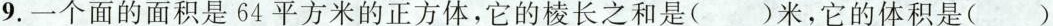
9.一个面的面积是64平方米的正方体，它的棱长之和是()米，它的体积是()